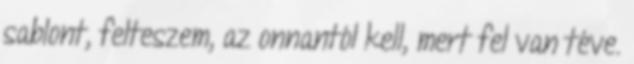
sablont, felteszem, az onnantól kell, mert fel van téve.